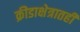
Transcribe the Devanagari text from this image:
क्रीडाक्षेत्रातही